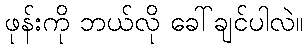
ဖုန်းကို ဘယ်လို ခေါ်ချင်ပါလဲ။